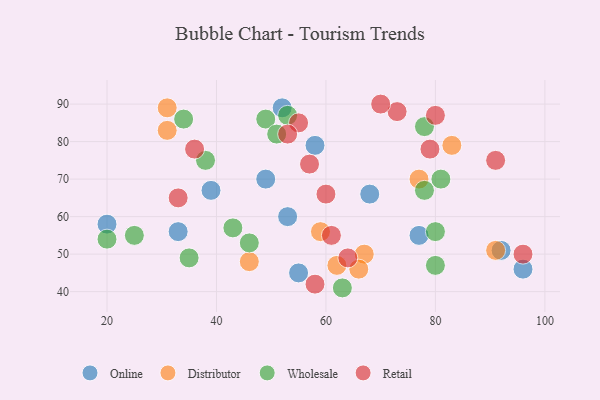
{"axis": {"x": "GDP", "y": "Life Expectancy"}, "legend": ["Distributor", "Online", "Retail", "Wholesale"], "data": [{"x": "55", "y": 45, "type": "Online"}, {"x": "53", "y": 60, "type": "Online"}, {"x": "68", "y": 66, "type": "Online"}, {"x": "33", "y": 56, "type": "Online"}, {"x": "20", "y": 58, "type": "Online"}, {"x": "96", "y": 46, "type": "Online"}, {"x": "58", "y": 79, "type": "Online"}, {"x": "77", "y": 55, "type": "Online"}, {"x": "52", "y": 89, "type": "Online"}, {"x": "39", "y": 67, "type": "Online"}, {"x": "92", "y": 51, "type": "Online"}, {"x": "49", "y": 70, "type": "Online"}, {"x": "59", "y": 56, "type": "Distributor"}, {"x": "67", "y": 50, "type": "Distributor"}, {"x": "46", "y": 48, "type": "Distributor"}, {"x": "66", "y": 46, "type": "Distributor"}, {"x": "31", "y": 89, "type": "Distributor"}, {"x": "91", "y": 51, "type": "Distributor"}, {"x": "62", "y": 47, "type": "Distributor"}, {"x": "83", "y": 79, "type": "Distributor"}, {"x": "31", "y": 83, "type": "Distributor"}, {"x": "77", "y": 70, "type": "Distributor"}, {"x": "80", "y": 47, "type": "Wholesale"}, {"x": "78", "y": 67, "type": "Wholesale"}, {"x": "46", "y": 53, "type": "Wholesale"}, {"x": "34", "y": 86, "type": "Wholesale"}, {"x": "81", "y": 70, "type": "Wholesale"}, {"x": "25", "y": 55, "type": "Wholesale"}, {"x": "35", "y": 49, "type": "Wholesale"}, {"x": "49", "y": 86, "type": "Wholesale"}, {"x": "63", "y": 41, "type": "Wholesale"}, {"x": "78", "y": 84, "type": "Wholesale"}, {"x": "80", "y": 56, "type": "Wholesale"}, {"x": "20", "y": 54, "type": "Wholesale"}, {"x": "53", "y": 87, "type": "Wholesale"}, {"x": "38", "y": 75, "type": "Wholesale"}, {"x": "51", "y": 82, "type": "Wholesale"}, {"x": "43", "y": 57, "type": "Wholesale"}, {"x": "61", "y": 55, "type": "Retail"}, {"x": "55", "y": 85, "type": "Retail"}, {"x": "58", "y": 42, "type": "Retail"}, {"x": "64", "y": 49, "type": "Retail"}, {"x": "91", "y": 75, "type": "Retail"}, {"x": "79", "y": 78, "type": "Retail"}, {"x": "36", "y": 78, "type": "Retail"}, {"x": "73", "y": 88, "type": "Retail"}, {"x": "57", "y": 74, "type": "Retail"}, {"x": "33", "y": 65, "type": "Retail"}, {"x": "70", "y": 90, "type": "Retail"}, {"x": "96", "y": 50, "type": "Retail"}, {"x": "80", "y": 87, "type": "Retail"}, {"x": "53", "y": 82, "type": "Retail"}, {"x": "60", "y": 66, "type": "Retail"}]}